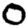
Digit: 0